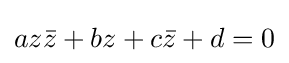
az{\bar {z}}+bz+c{\bar {z}}+d=0